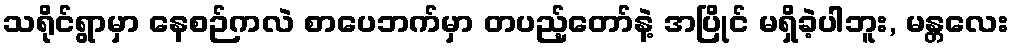
သရိုင်ရွာမှာ နေစဉ်ကလဲ စာပေဘက်မှာ တပည့်တော်နဲ့ အပြိုင် မရှိခဲ့ပါဘူး, မန္တလေး